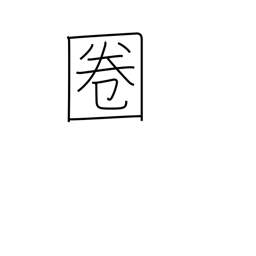
Meaning: radius